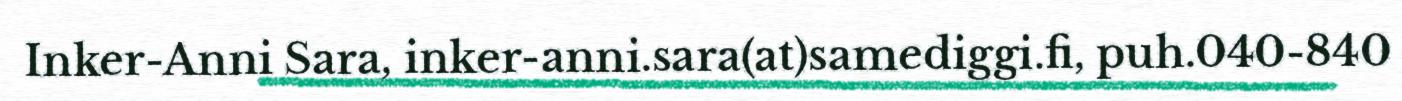
Inker-Anni Sara, inker-anni.sara(at)samediggi.fi, puh.040-840